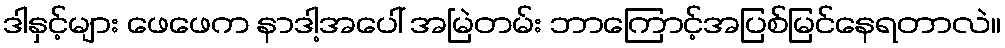
ဒါနှင့်များ ဖေဖေက နာဒါ့အပေါ် အမြဲတမ်း ဘာကြောင့်အပြစ်မြင်နေရတာလဲ။